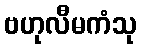
ဗဟုလီမကံသု